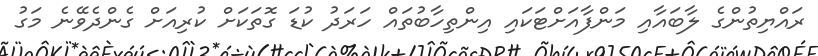
ރައްޔިތުންގެ ލާބައާއި މަންފާއަށްޓަކައި އިންތިހާބުތައް ހަރަދު ކުޑަ ގޮތަކަށް ކުރިއަށް ގެންދެވޭނެ މަގު